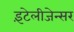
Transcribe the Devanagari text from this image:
इंटेलीजेन्सर